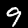
Label: 9